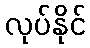
လုပ်နိုင်